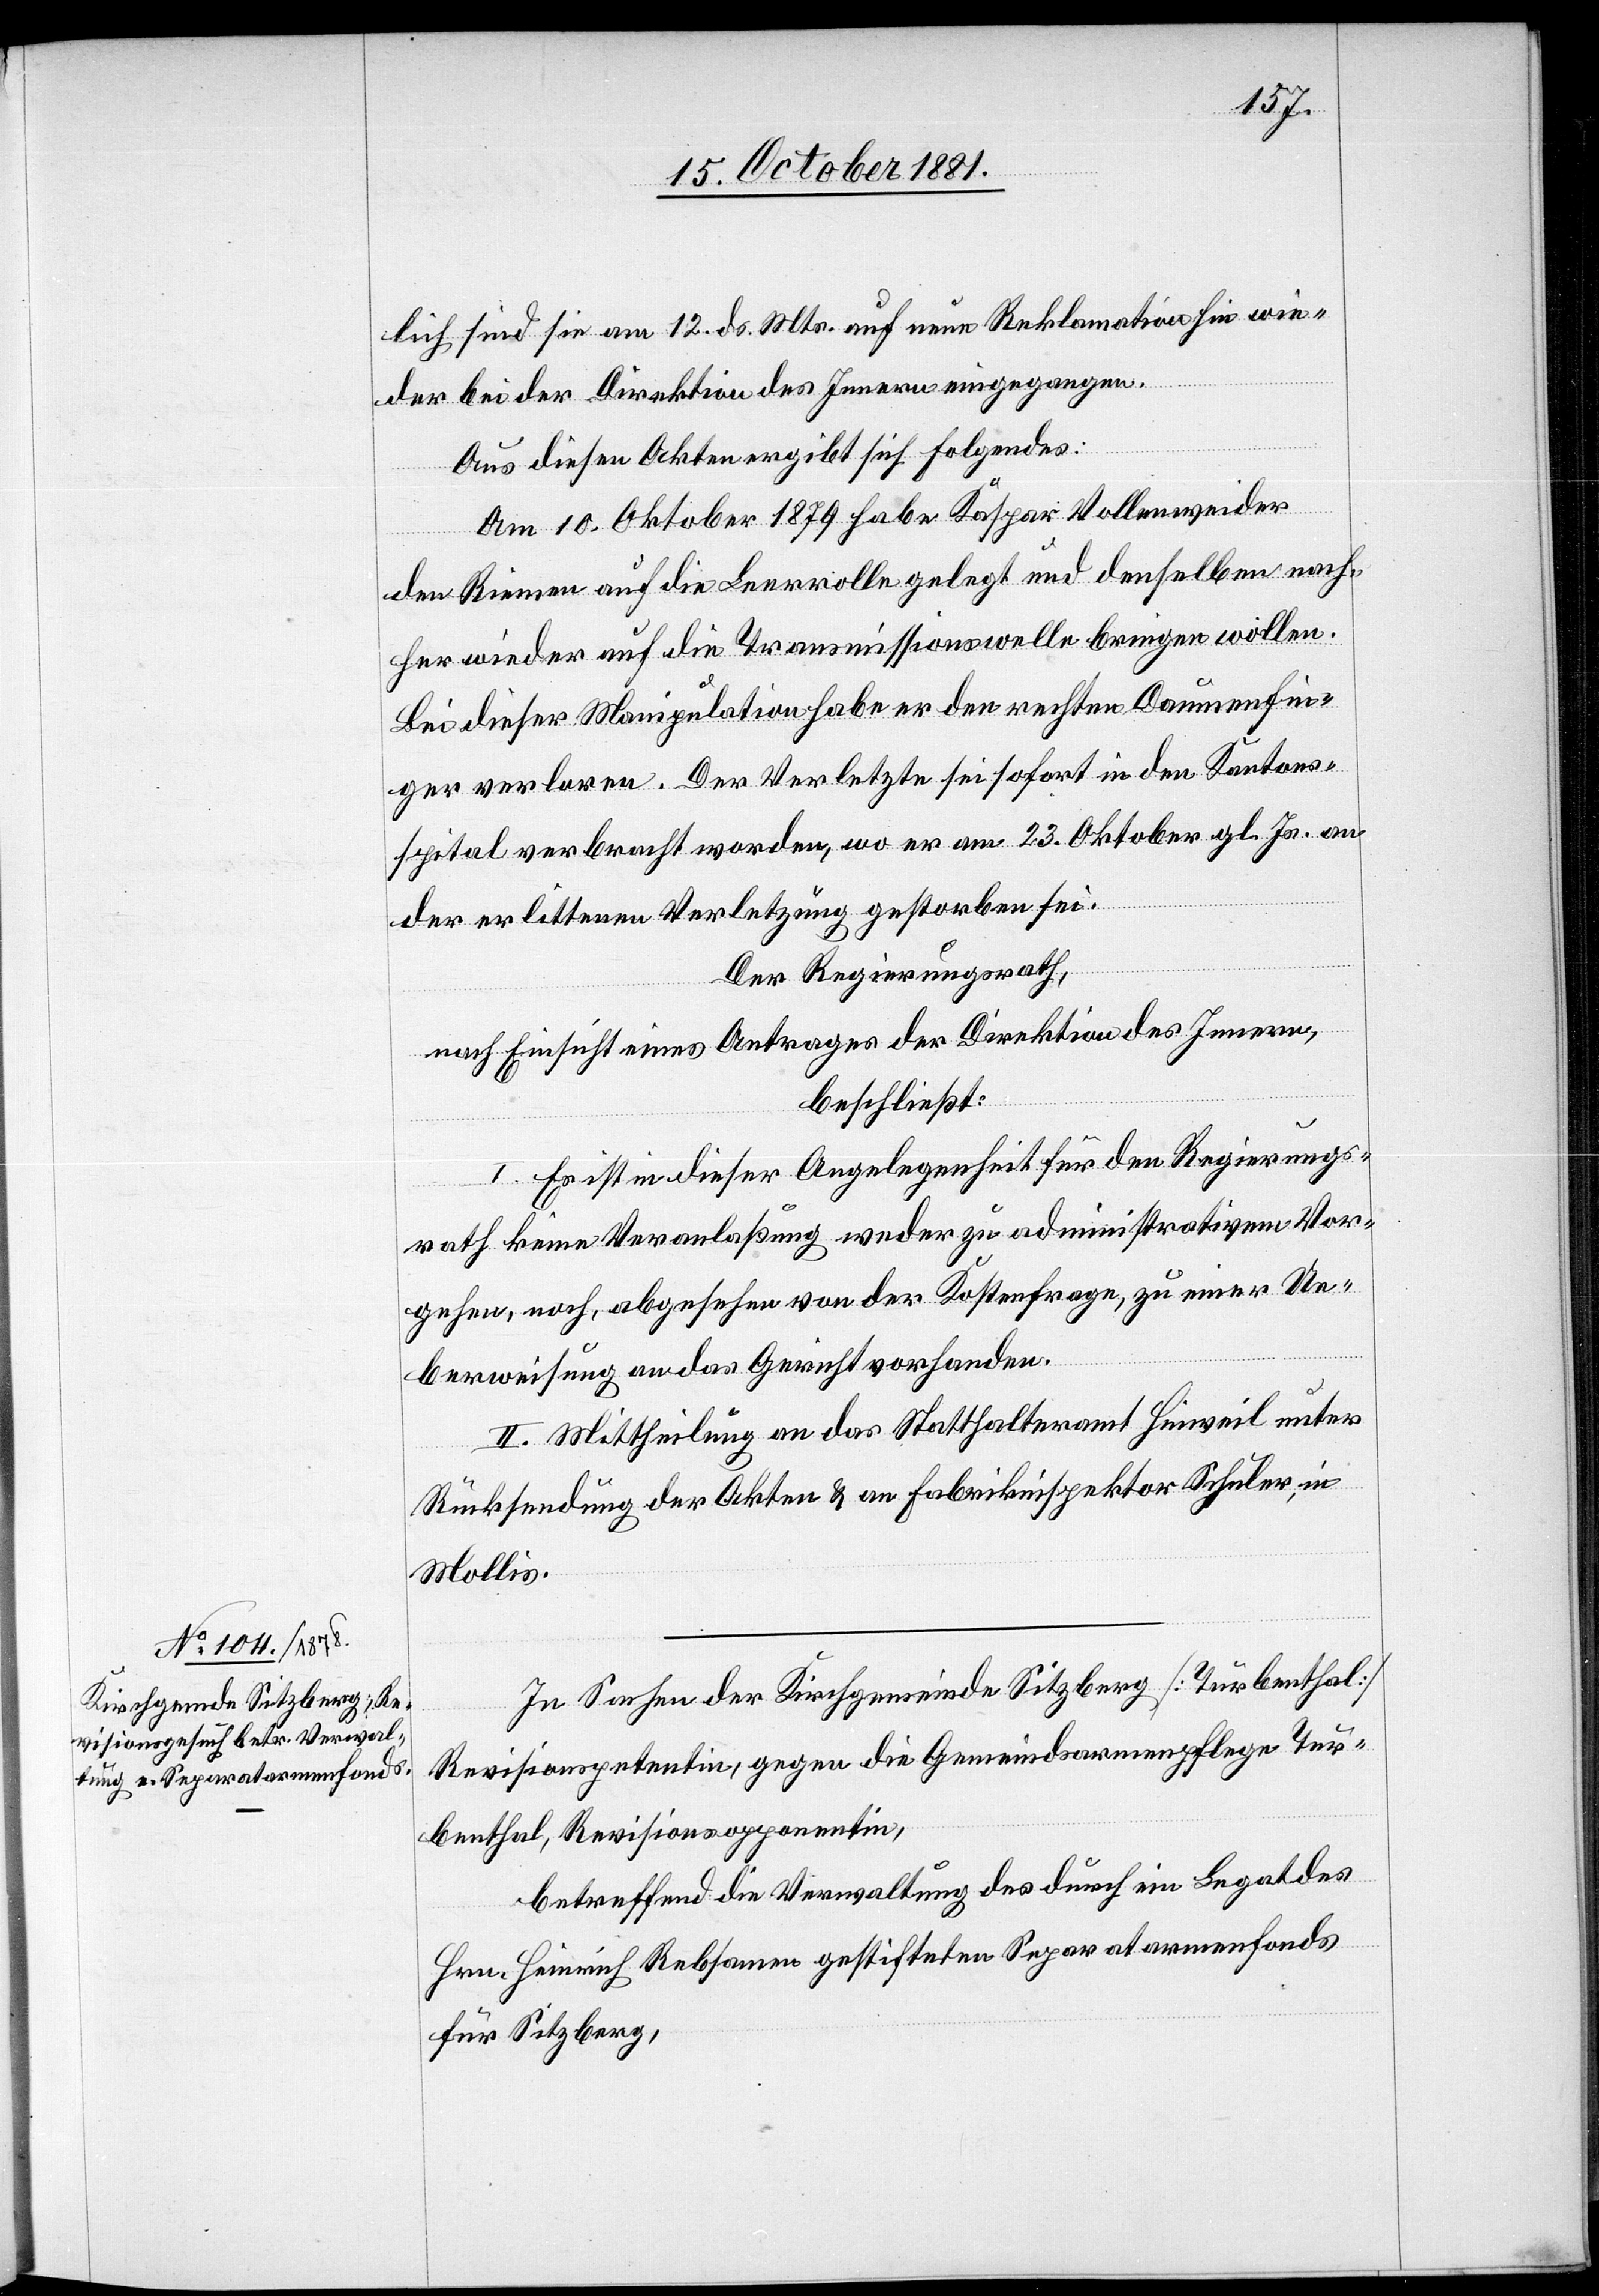
lich sind sie am 12. ds. Mts. auf eine Reklamation hin wie¬
der bei der Direktion des Innern eingegangen.
Aus diesen Akten ergibt sich Folgendes:
Am 10. Oktober 1879 habe Kaspar Vollenweider
den Riemen auf die Leerrolle gelegt und denselben nach¬
her wieder auf die Transmissionswelle bringen wollen.
Bei dieser Manipulation habe er den rechten Daumenfin¬
ger verloren. Der Verletzte sei sofort in den Kantons¬
spital verbracht worden, wo er am 23. Oktober gl. Js. an
der erlittenen Verletzung gestorben sei.
Der Regierungsrath,
nach Einsicht eines Antrages der Direktion des Innern,
beschließt:
I. Es ist in dieser Angelegenheit für den Regierungs¬
rath keine Veranlaßung weder zu administrativem Vor¬
gehen, noch, abgesehen von der Kostenfrage, zu einer Ue¬
berweisung an das Gericht vorhanden.
II. Mittheilung an das Statthalteramt Hinweil unter
Rücksendung der Akten & an Fabrikinspektor Schuler, in
Mollis.
In Sachen der Kirchgemeinde Sitzberg [Turbenthal]
Revisionspetentin, gegen die Gemeindsarmenpflege Tur¬
benthal, Revisionsopponentin,
betreffend die Verwaltung des durch ein Legat des
Hrn. Heinrich Rebsamen gestifteten Separatarmenfonds
für Sitzberg,